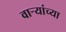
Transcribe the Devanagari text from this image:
वार्‍यांच्या